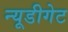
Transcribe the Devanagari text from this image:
न्यूडीगेट